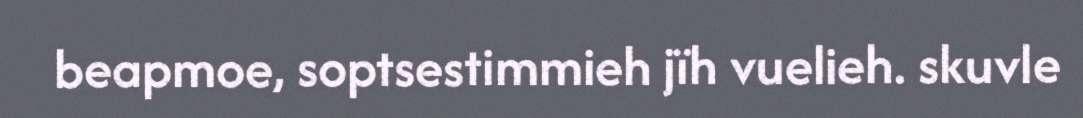
beapmoe, soptsestimmieh jïh vuelieh. skuvle